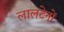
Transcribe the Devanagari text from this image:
लालटेनों